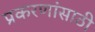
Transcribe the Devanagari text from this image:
प्रकरणांसाठी